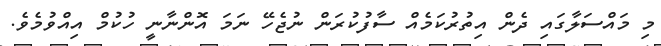
މި މައްސަލާގައި ދެން އިތުރުކަމެއް ސާފުކުރަން ނުޖެހޭ ނަމަ އޮންނާނީ ހުކުމް އިއްވުމެވެ.